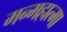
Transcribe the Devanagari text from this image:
मन्महात्मा